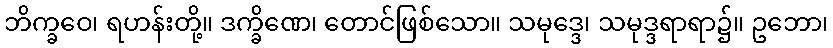
ဘိက္ခဝေ၊ ရဟန်းတို့။ ဒက္ခိဏေ၊ တောင်ဖြစ်သော။ သမုဒ္ဒေ၊ သမုဒ္ဒရာရာ၌။ ဥဘော၊